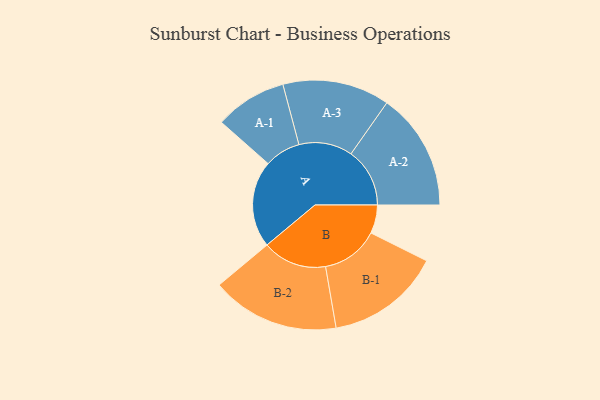
{"axis": {"x": "Segment", "y": "Value"}, "legend": ["", "A", "B"], "data": [{"x": "A", "y": 401, "type": ""}, {"x": "B", "y": 131, "type": ""}, {"x": "A-1", "y": 166, "type": "A"}, {"x": "A-2", "y": 271, "type": "A"}, {"x": "A-3", "y": 247, "type": "A"}, {"x": "B-1", "y": 265, "type": "B"}, {"x": "B-2", "y": 296, "type": "B"}]}